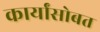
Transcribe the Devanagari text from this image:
कार्यांसोबत